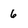
Character: 6